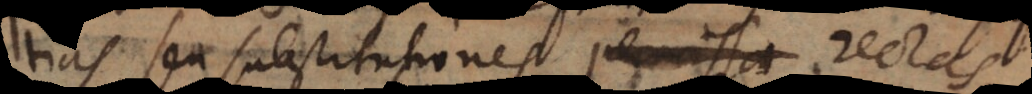
ntias seu substitutiones rectas,